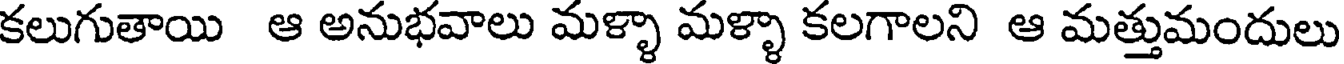
కలుగుతాయి ఆ అనుభవాలు మళ్ళా మళ్ళా కలగాలని ఆ మత్తుమందులు